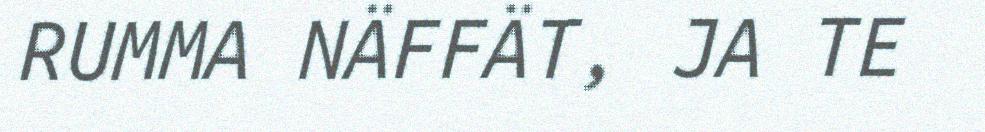
RUMMA NÄFFÄT, JA TE